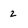
Character: 2